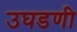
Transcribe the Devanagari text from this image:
उघडणी